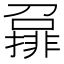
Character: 𡀪